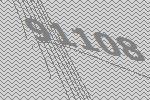
91108